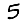
Digit: 5